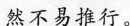
然不易推行。